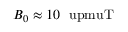
B _ { 0 } \approx 1 0 ~ \mathrm { \ u p m u T }